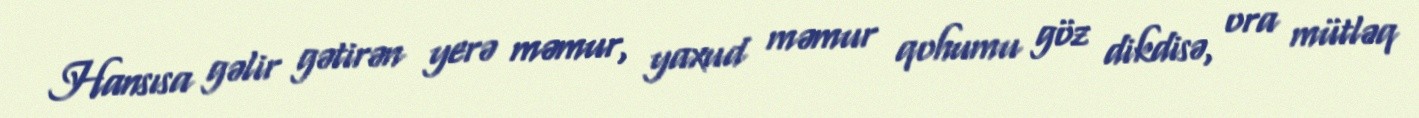
Hansısa gəlir gətirən yerə məmur, yaxud məmur qohumu göz dikdisə, ora mütləq